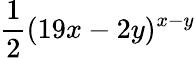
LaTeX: \frac{1}{2}(19x-2y)^{x-y}